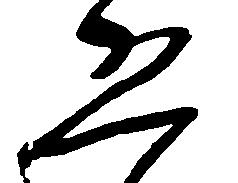
恐